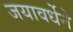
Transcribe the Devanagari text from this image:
जयावर्धेने